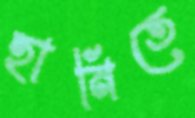
হানিতে